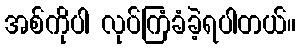
အစ်ကိုပါ လုပ်ကြံခံခဲ့ရပါတယ်။